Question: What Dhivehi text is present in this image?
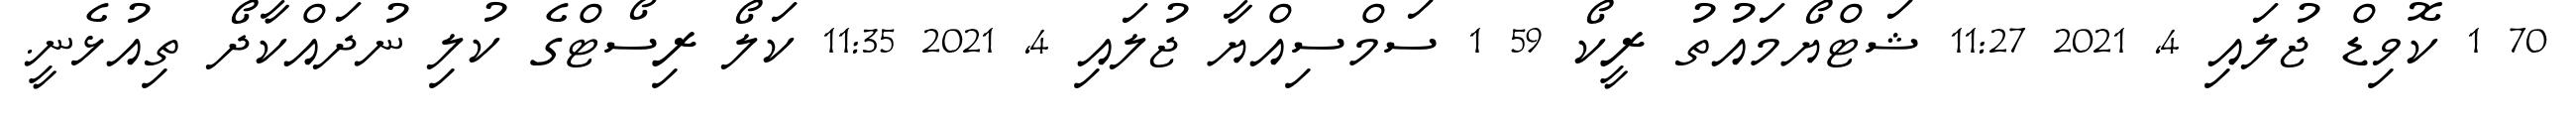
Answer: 70 1 ކޮވިޑް ޖުލައި 4, 2021 11:27 ޝަޓްޔޯމައުތު ރީކޯ 59 1 ސަމްސިއްޔާ ޖުލައި 4, 2021 11:35 ކަލޯ ރިސޯޓްގެ ކުލި ނުދައްކާދޯ ތިއުޅެނީ.